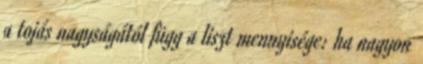
a tojás nagyságától függ a liszt mennyisége: ha nagyon